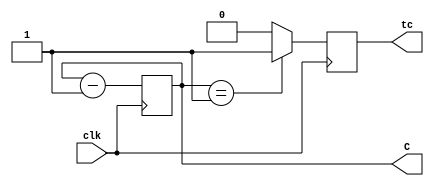
`timescale 1ns / 1ps

module AutoDownCounter(clk, tc, C);

	input clk;
	output reg tc;
	output reg [1:0] C;

	initial begin
	C[1] <= 1; C[0] <= 1;
	end

	always @(posedge clk) begin
		C <= C - 1'b1;
		if (C == 2'b01) begin
			tc <= 1;
		end
		else begin
			tc <= 0;
		end
	end

endmodule